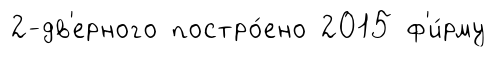
2-дв'ерного постро́ено 2015 ф'и́рму